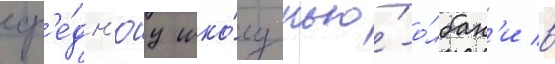
ср'е́дн'юу шко́лу нью́-о́лбан'и в